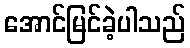
အောင်မြင်ခဲ့ပါသည်